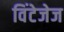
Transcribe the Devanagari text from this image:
विंटेजेज